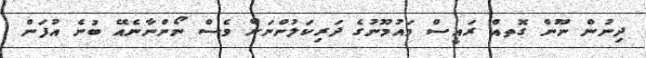
ދިނުން ނޫން ގޮތއް ރައީސް މައުމޫނުގެ ދަރިކަލުންނަށް ވެސް ނޯންނާނެއޭ ބުނެ އުފަން